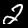
Digit: 2